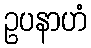
ဥပနာဟံ